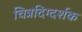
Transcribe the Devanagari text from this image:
चित्रदिग्दर्शक